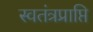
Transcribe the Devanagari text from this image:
स्वतंत्रप्राप्ति